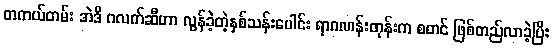
တကယ်တမ်း အဲဒီ ဂလက်ဆီဟာ လွန်ခဲ့တဲ့နှစ်သန်းပေါင်း ရာဂဏန်းတုန်းက စတင် ဖြစ်တည်လာခဲ့ပြီး